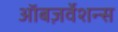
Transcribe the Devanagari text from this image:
ऑबज़र्वेशन्स